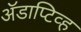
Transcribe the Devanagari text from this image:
अॅडाप्टिव्ह